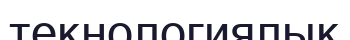
текнологиялық